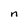
Character: n